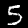
Digit: 5